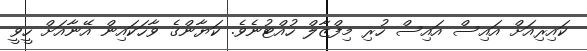
ކައިރިއަށް އައިސް އައިސް ހުރި މިފްޒާލް ހުއްޓުނެވެ. ކަޔާންގެ ވާހަކައިން އޭނާއަށް ހީވީ